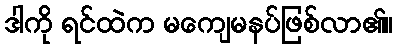
ဒါကို ရင်ထဲက မကျေမနပ်ဖြစ်လာ၏။